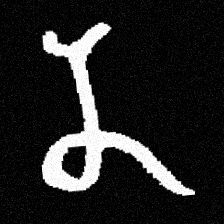
Pyu character \u2014 Myanmar letter: န (romanized: na)